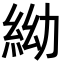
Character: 𥿌